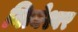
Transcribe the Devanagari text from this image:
नित्येश्वर